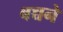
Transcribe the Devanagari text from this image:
बच्चने